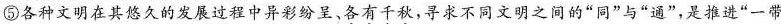
⑤各种文明在其悠久的发展过程中异彩纷呈、各有千秋，寻求不同文明之间的”同”与”通”，是推进”一带